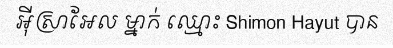
អ៊ីស្រាអែល ម្នាក់ ឈ្មោះ Shimon Hayut បាន